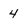
Character: 4